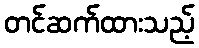
တင်ဆက်ထားသည့်